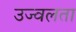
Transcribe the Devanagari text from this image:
उज्वलता